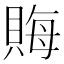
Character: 𧶅